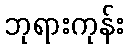
ဘုရားကုန်း